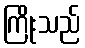
ကြိုးသည်